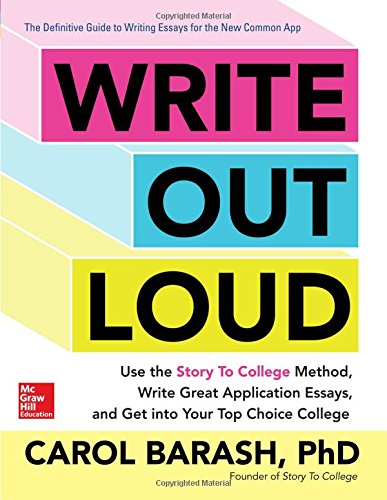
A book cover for Write Out Loud: Use the Story To College Method, Write Great Application Essays, and Get into Your Top Choice College; Carol Barash; Education & Teaching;